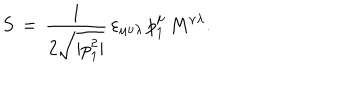
S \, = \, \frac { 1 } { 2 \sqrt { | p _ { 1 } ^ { 2 } | } } \, \varepsilon _ { \mu \nu \lambda } \, p _ { 1 } ^ { \mu } \, M ^ { \nu \lambda } .